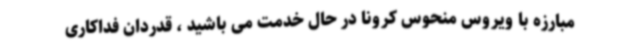
مبارزه با ویروس منحوس کرونا در حال خدمت می باشید ، قدردان فداکاری